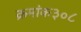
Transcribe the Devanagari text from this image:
क्रमांक३०८